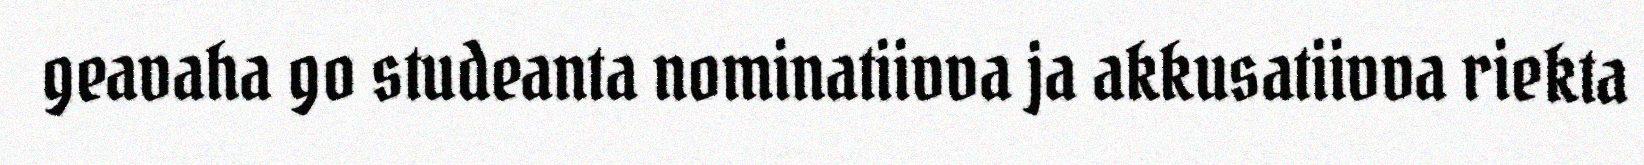
geavaha go studeanta nominatiivva ja akkusatiivva riekta